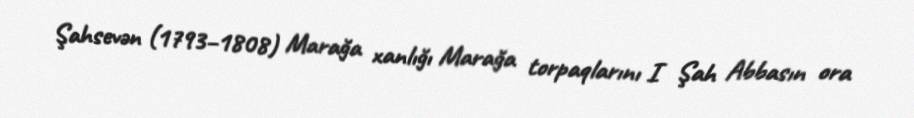
Şahsevən (1793–1808) Marağa xanlığı Marağa torpaqlarını I Şah Abbasın ora